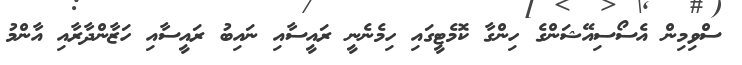
ސްވިމިން އެސޯސިއޭޝަންގެ ހިންގާ ކޮމެޓީގައި ހިމެނެނީ ރައީސާއި ނައިބު ރައީސާއި ހަޒާންދާރާއި އާންމު